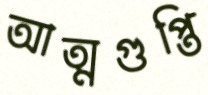
আত্মগুপ্তি